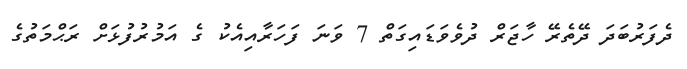
ދެފަރުބަދަ ދޭތެރޭ ހާޖަރް ދުވެވަޑައިގަތް 7 ވަނަ ފަހަރާއިއެކު ގެ އަމުރުފުޅަށް ރަޙްމަތުގެ